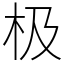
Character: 极